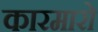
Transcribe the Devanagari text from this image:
कारमारो